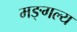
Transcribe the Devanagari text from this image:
मङ्गल्य